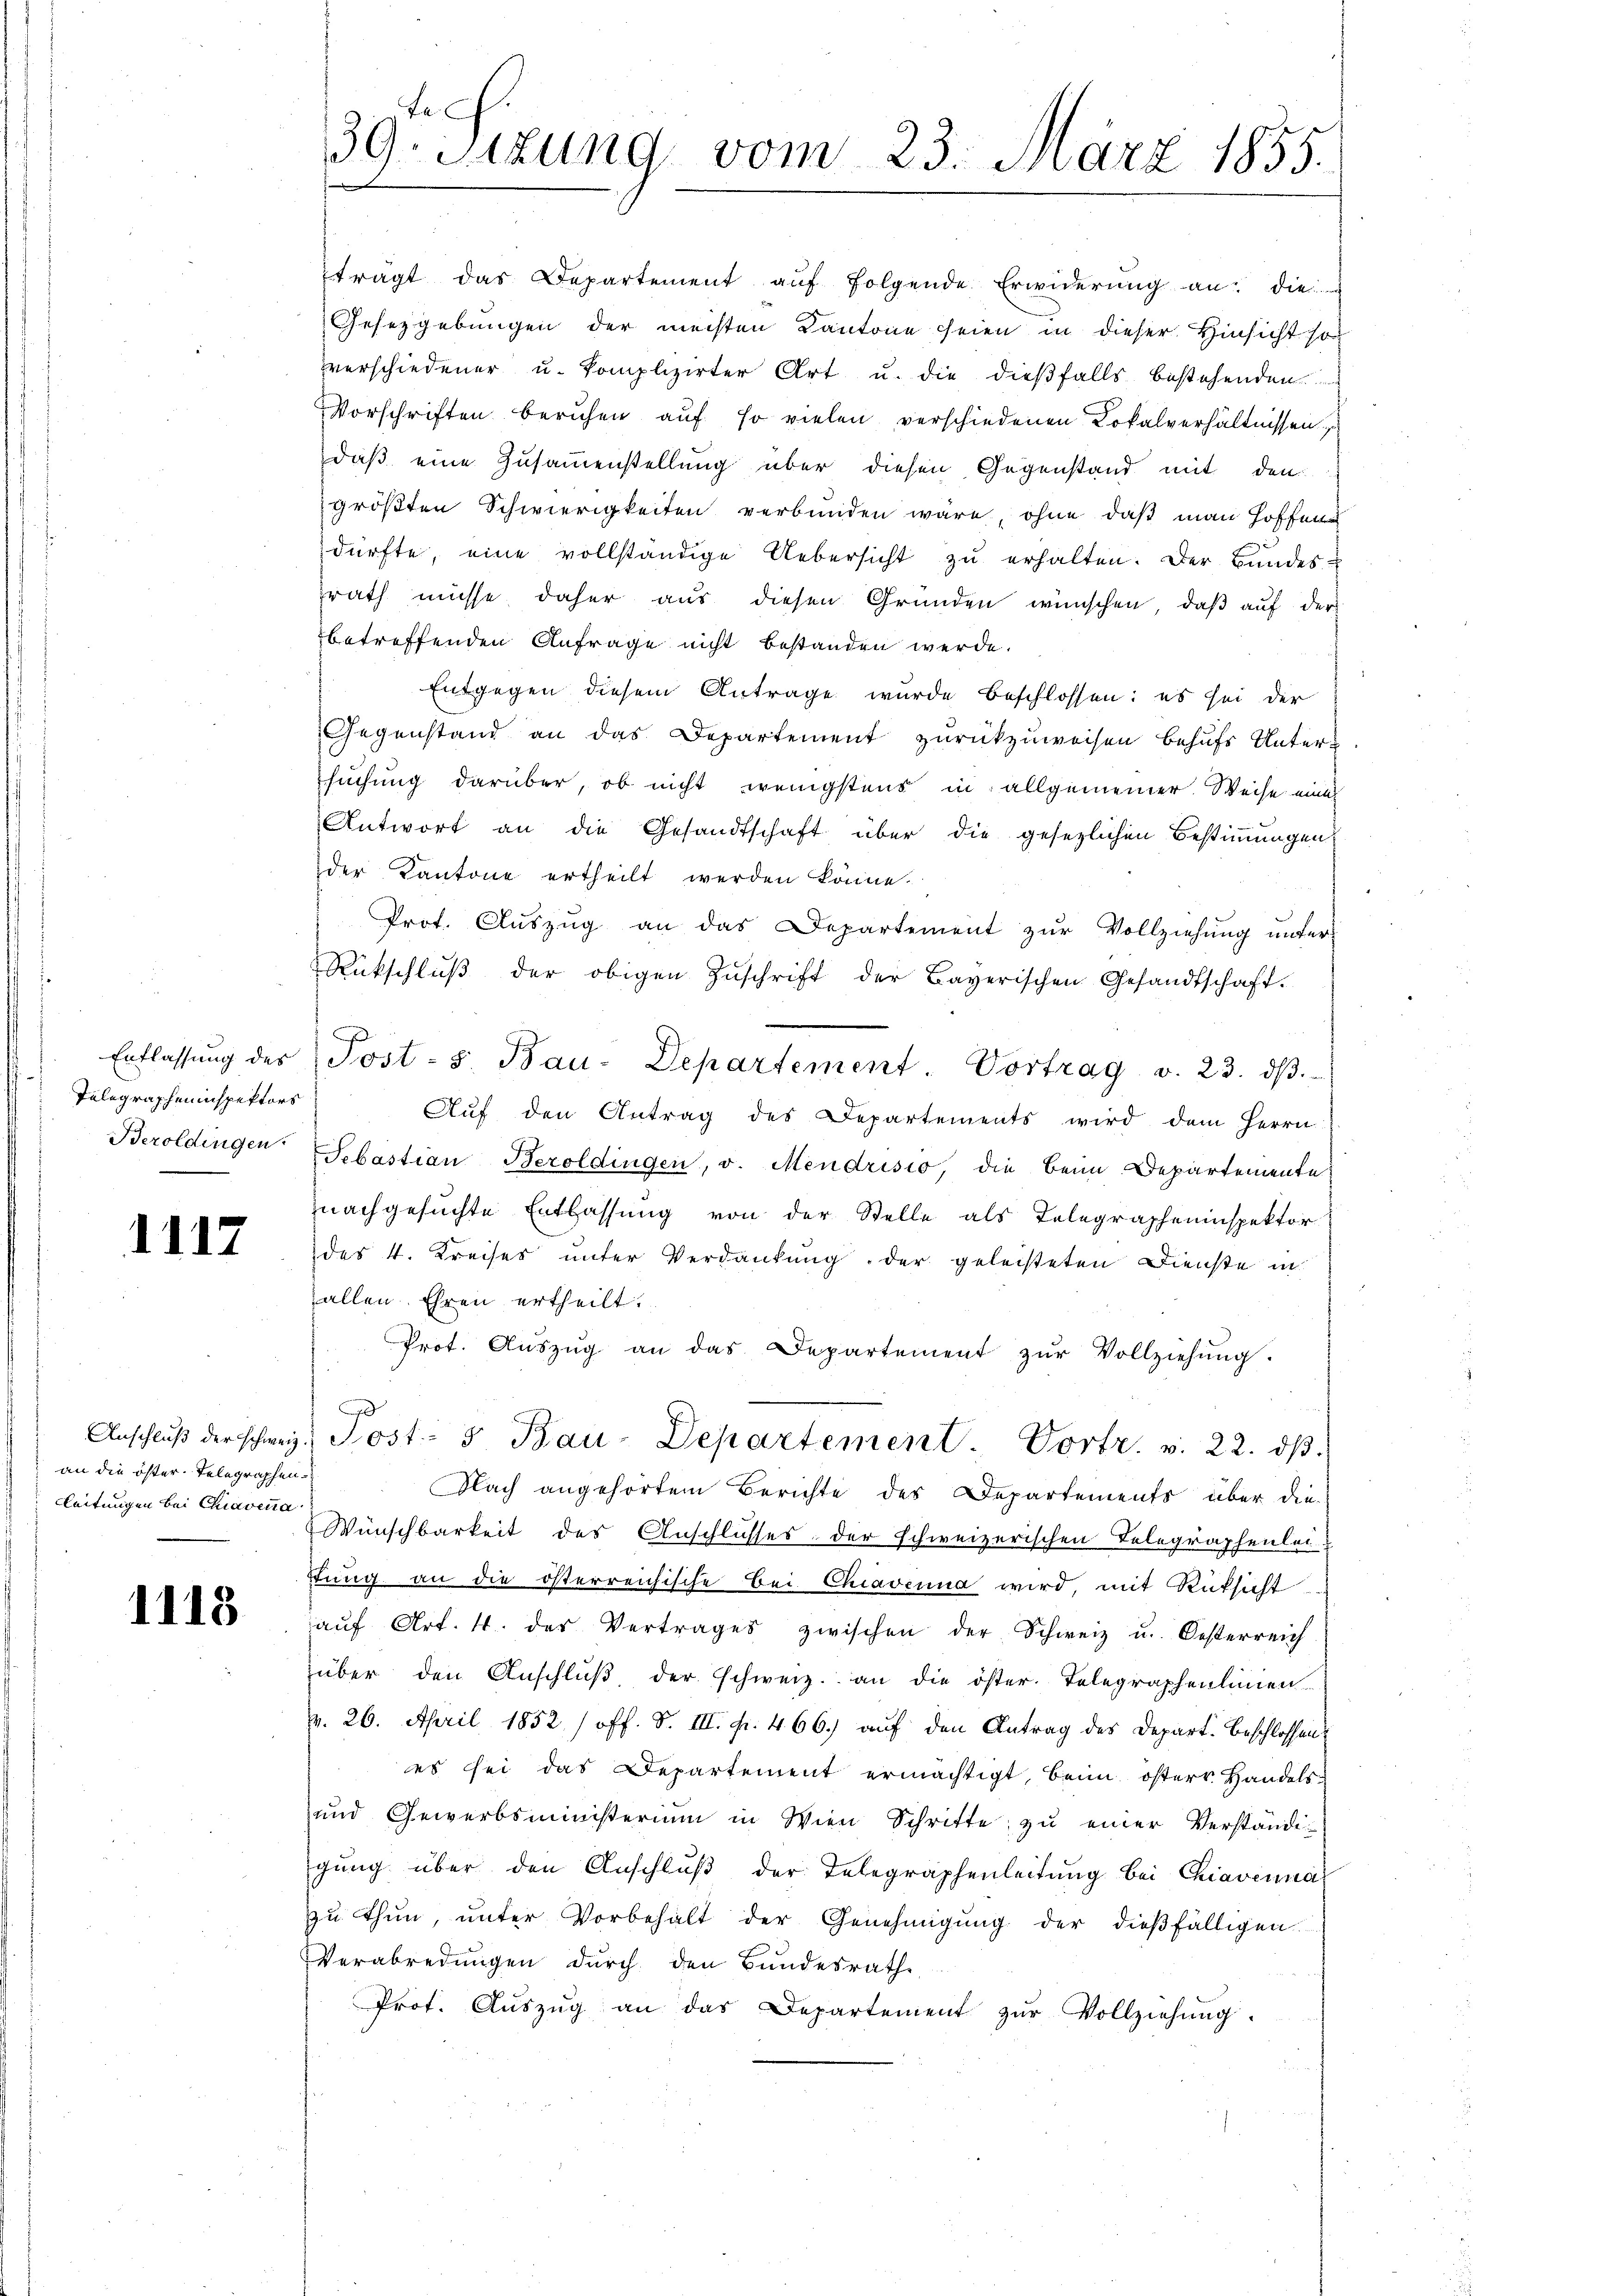
Entlassung des
Telegrapheninspektors
Beroldingen.

1117

an die öster. Telegraphen
leitungen bei Chiavena

1118

39. Sizung vom 23. März 1855.
s

trägt das Departement aŭf folgende Erwiderŭng an: die
Gesetzgebungen der meisten Kantone seien in dieser Hinsicht so
verschiedener u. komplizirter Art u. die dießfalls bestehenden
Vorschriften beruhen auf so vielen verschiedenen Lokalverhältnissen
daß eine Zusammenstellung über diesen Gegenstand mit den
größten Schwierigkeiten verbunden wäre, ohne daß man hoffend
dürfte, eine vollständige Uebersicht zu erhalten. Der Bundes-
zrath müsse daher aus diesen Gründen wünschen, daß auf der
betreffenden Anfrage nicht bestanden werde.
Entgegen diesem Antrage wurde beschlossen: es sei der
Gegenstand an das Departement zurückzuweisen behufs Unter-
suchung darüber, ob nicht wenigstens in allgemeiner Weise einig
Antwort an die Gesandtschaft über die gesezlichen Bestimmungen
der Kantone ertheilt werden könne.
Prot. Auszug an das Departement zur Vollziehung unter-
Rückschlŭβ der obigen Zŭschrift der Bayerischen Gesandtschaft.
Post-s. Bau-Departement. Vortrag v. 23. dβ.
Aŭf den Antrag des Departements wird dem Herrn
Sebastian Bezoldingen, v. Mendrisio, die beim Departemente
nachgesuchte Entlassung von der Stelle als Telegrapheninspektor
des 4. Kreises unter Verdankung der geleisteten Dienste in
allen Ehren ertheilt.
Prot. Aŭszŭg an das Departement zŭr Vollziehŭng.
d
Anschlŭβ der schweiz. Post- & Bau-Departement. Vortr. v. 22. dβ.
Nach angehörtem Berichte des Departements über die-
Wünschbarkeit des Anschlusses der schweizerischen Telegraphenleistung an die österreichische Bei Chiavenna wird, mit Rüksicht
aŭf Art. 4. des Vertrages zwischen der Schweiz u. Oesterreich
über den Anschlŭβ der schweiz. an die öster. Telegraphenlinien
pr. 26. April 1852 /off. S. III. pr. 466.) auf den Antrag des Depart. Beschlossen
es sei das Departement ermächtigt, beim österr Handels-
und Gewerbsministerium in Wien Schritte zŭ einer Verständi-
gŭng über den Anschlŭβ der Telegraphenleitŭng bei Chiavenna
zŭ thŭn, ŭnter Vorbehalt der Genehmigŭng der dießfälligen.
Verabredungen durch den Bundesrath
Prof. Aŭszŭg an das Departement zŭr Vollziehung.